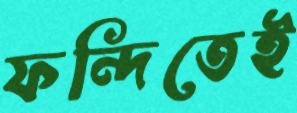
ফন্দিতেই